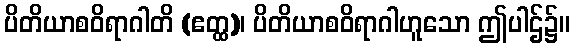
ပိတိယာစဝိရာဂါတိ (ဧတ္ထ)၊ ပိတိယာစဝိရာဂါဟူသော ဤပါဌ်၌။